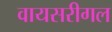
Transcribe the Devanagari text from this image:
वायसरीगल